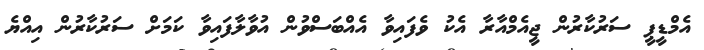
އެމްޑީޕީ ސަރުކާރުން ޖީއެމްއާރާ އެކު ވެފައިވާ އެއްބަސްވުން އުވާލާފައިވާ ކަމަށް ސަރުކާރުން އިއްޔެ